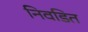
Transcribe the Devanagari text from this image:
निवडित